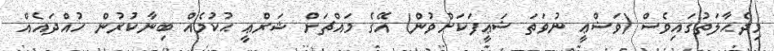
މިދެޙާލަތުގައިވެސް (ވަޟްޢީ ނުވަތަ ޟަޢީފަކަށްވުން) އޭގެ މައްޗަށް ޝަރްޢީ ޙުކުމެއް ބިނާކުރުން ހުއްދައެއް